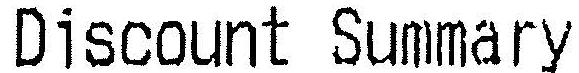
DISCOUNT SUMMARY